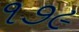
૧૭૯